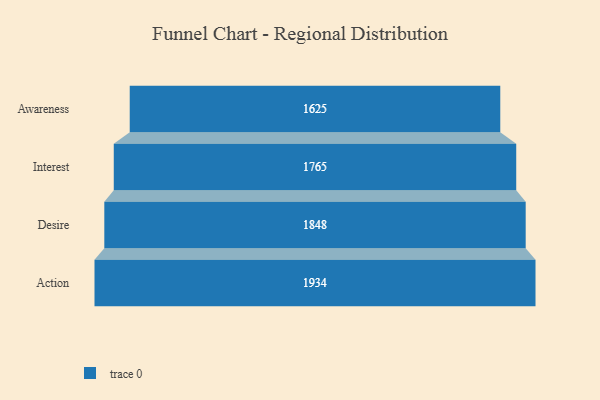
{"axis": {"x": "Stage", "y": "Value"}, "legend": [""], "data": [{"x": "Awareness", "y": 1625.0, "type": ""}, {"x": "Interest", "y": 1765.0, "type": ""}, {"x": "Desire", "y": 1848.0, "type": ""}, {"x": "Action", "y": 1934.0, "type": ""}]}